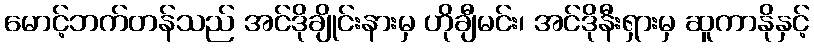
မောင့်ဘက်တန်သည် အင်ဒိုချိုင်းနားမှ ဟိုချီမင်း၊ အင်ဒိုနီးရှားမှ ဆူကာနိုနှင့်